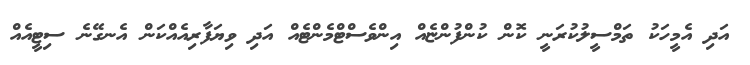
އަދި އެމީހަކު ތަމްސީލުކުރަނީ ކޮން ކުންފުންޏެއް އިންވެސްޓްމެންޓެއް އަދި ވިޔަފާރިއެއްކަން އެނގޭނެ ސިޓީއެއް